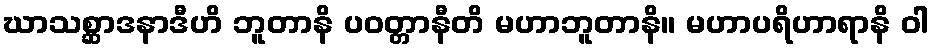
ဃာသစ္ဆာဒနာဒီဟိ ဘူတာနိ ပဝတ္တာနီတိ မဟာဘူတာနိ။ မဟာပရိဟာရာနိ ဝါ